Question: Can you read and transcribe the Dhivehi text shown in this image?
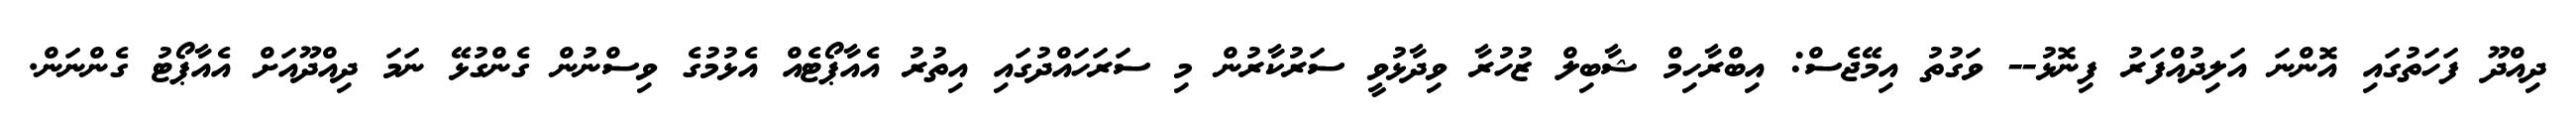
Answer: ދިއްދޫ ފަހަތުގައި އޮންނަ އަލިދުއްފަރު ފިނޮޅު-- ވަގުތު އިމޭޖެސް: އިބްރާހިމް ޝާބިލް ޒުހުރާ ވިދާޅުވީ ސަރުކާރުން މި ސަރަހައްދުގައި އިތުރު އެއާޕޯޓެއް އެޅުމުގެ ވިސްނުން ގެންގުޅޭ ނަމަ ދިއްދޫއަށް އެއާޕޯޓު ގެންނަން.